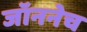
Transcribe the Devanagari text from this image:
जॉननेच